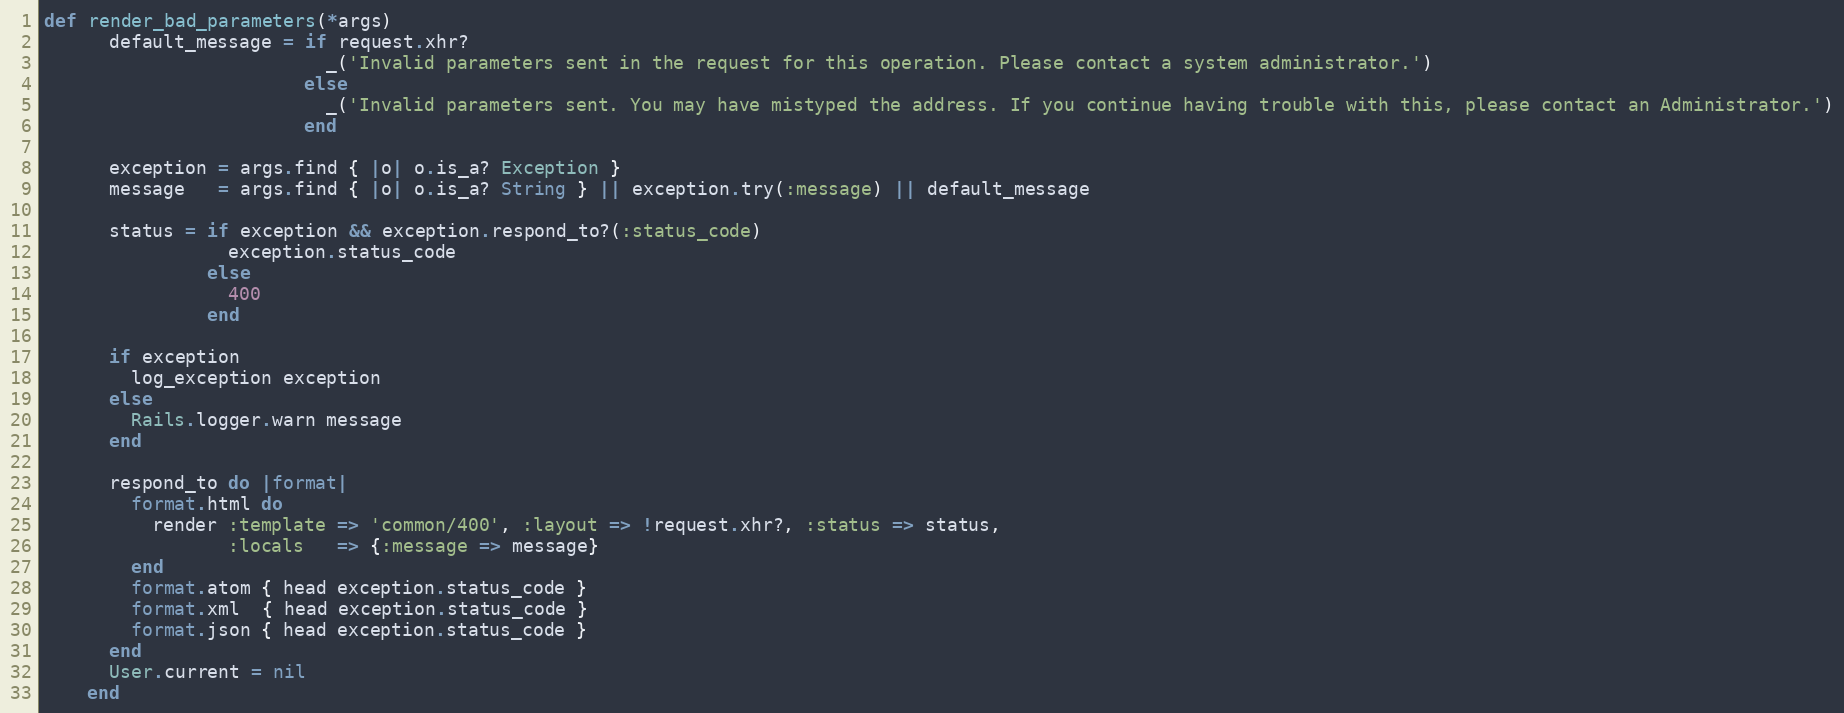
Language: Ruby
def render_bad_parameters(*args)
      default_message = if request.xhr?
                          _('Invalid parameters sent in the request for this operation. Please contact a system administrator.')
                        else
                          _('Invalid parameters sent. You may have mistyped the address. If you continue having trouble with this, please contact an Administrator.')
                        end

      exception = args.find { |o| o.is_a? Exception }
      message   = args.find { |o| o.is_a? String } || exception.try(:message) || default_message

      status = if exception && exception.respond_to?(:status_code)
                 exception.status_code
               else
                 400
               end

      if exception
        log_exception exception
      else
        Rails.logger.warn message
      end

      respond_to do |format|
        format.html do
          render :template => 'common/400', :layout => !request.xhr?, :status => status,
                 :locals   => {:message => message}
        end
        format.atom { head exception.status_code }
        format.xml  { head exception.status_code }
        format.json { head exception.status_code }
      end
      User.current = nil
    end